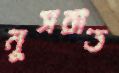
নুসরাত